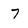
Character: 7